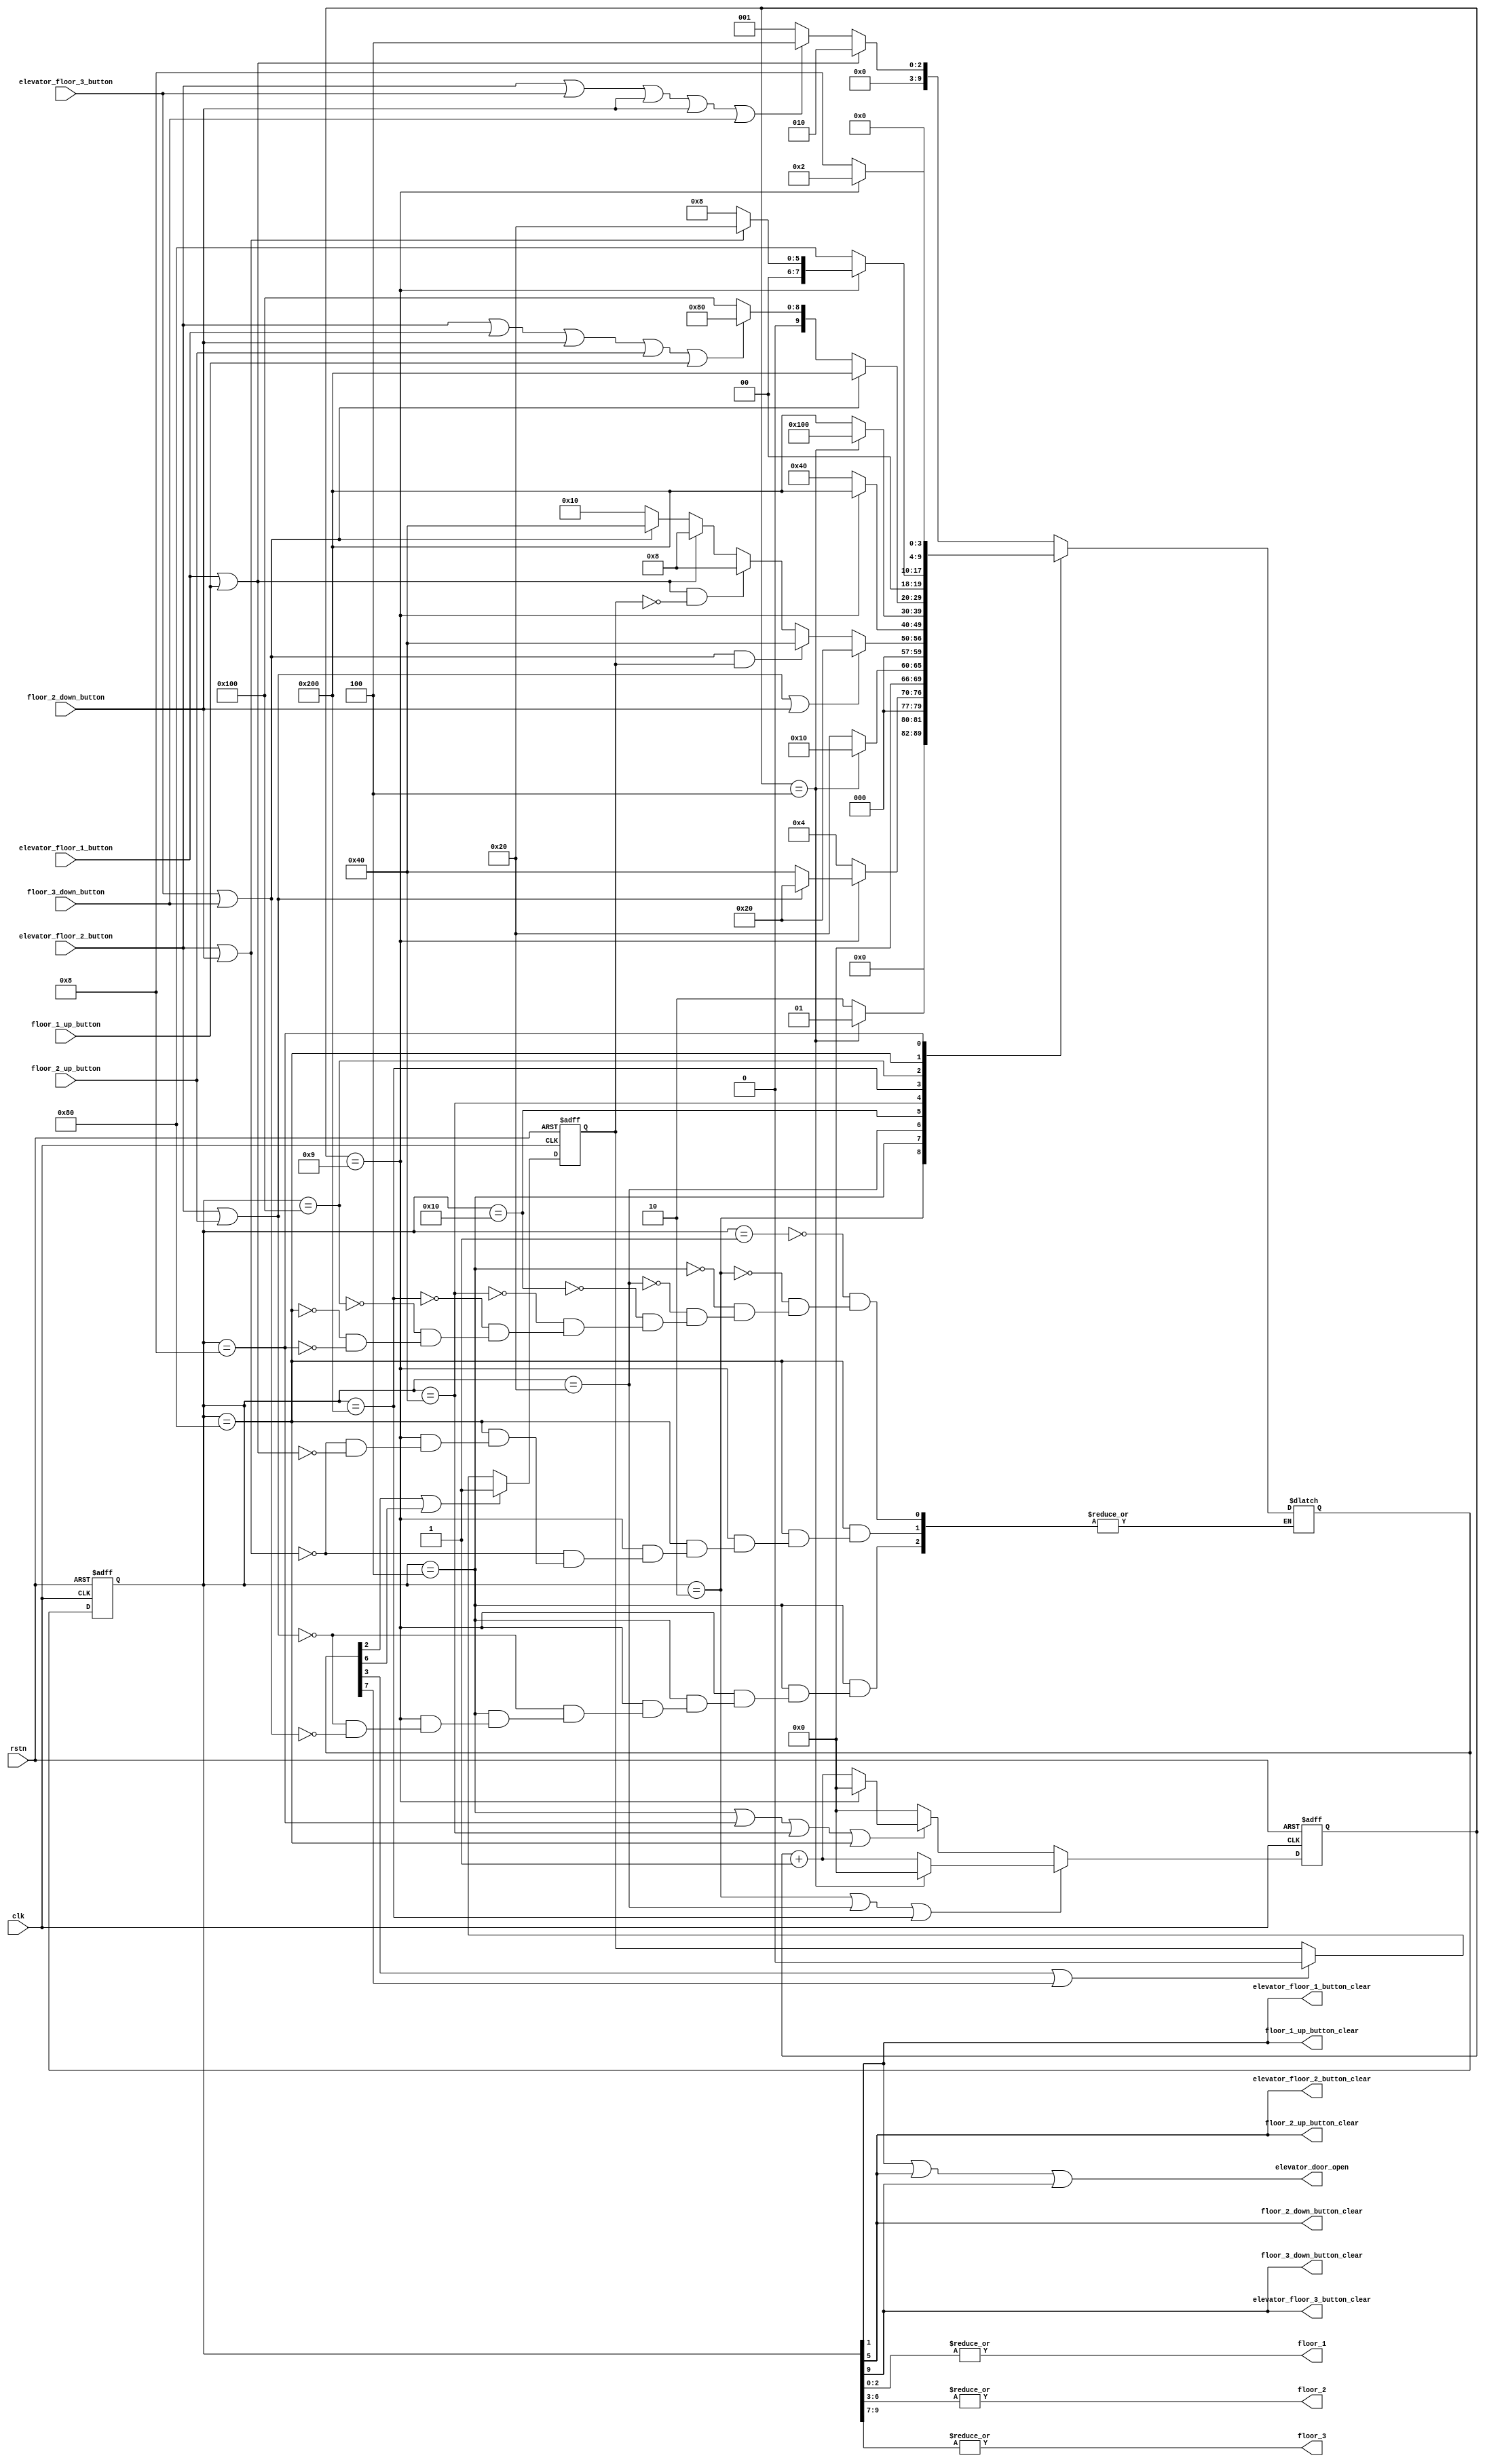
`timescale 1ns / 1ps
//////////////////////////////////////////////////////////////////////////////////
// ECE6213
// Yihui Wang
// Elevator controller module
// 
// 
//////////////////////////////////////////////////////////////////////////////////

module elevator_controller (
  input clk,
  input rstn,
  input floor_1_up_button,
  input floor_2_up_button,
  input floor_2_down_button,
  input floor_3_down_button,
  input elevator_floor_1_button,
  input elevator_floor_2_button,
  input elevator_floor_3_button,

  output reg floor_1 = 1'b1,
  output reg floor_2 = 1'b0,
  output reg floor_3 = 1'b0,
  output reg elevator_door_open = 1'b0,
  output reg floor_1_up_button_clear = 1'b0,
  output reg floor_2_up_button_clear = 1'b0,
  output reg floor_2_down_button_clear = 1'b0,
  output reg floor_3_down_button_clear = 1'b0,
  output reg elevator_floor_1_button_clear = 1'b0,
  output reg elevator_floor_2_button_clear = 1'b0,
  output reg elevator_floor_3_button_clear = 1'b0
);

  // State defination
  parameter wait_at_floor_1 = 10'b0000000001;
  parameter open_door_at_floor_1 = 10'b0000000010;
  parameter moving_1_to_2 = 10'b0000000100;
  parameter moving_2_to_1 = 10'b0000001000;
  parameter wait_at_floor_2 = 10'b0000010000;
  parameter open_door_at_floor_2 = 10'b0000100000;
  parameter moving_2_to_3 = 10'b0001000000;
  parameter moving_3_to_2 = 10'b0010000000;
  parameter wait_at_floor_3 = 10'b0100000000;
  parameter open_door_at_floor_3 = 10'b1000000000;

  // State register
  reg [9:0] state = wait_at_floor_1;
  reg [9:0] next = 10'd0;

  // Counter register
  reg [3:0] count = 4'd0;
  reg [3:0] count_next = 4'd0;

  // Elevator direction register 
  reg elevator_direction = 1'b0;
  reg elevator_direction_next = 1'b0;

  // Elevator direction logic
  always @(posedge clk, negedge rstn) begin
    if (rstn == 1'b0) begin
      elevator_direction <= 1'b0;
    end 
    else begin
      elevator_direction <= elevator_direction_next;
    end
  end

  always @(*) begin
    elevator_direction_next <= (next[2]|next[6])? 1'b1: ((next[3]|next[7])? 1'b0: elevator_direction);
  end

  // counter
  always @(posedge clk, negedge rstn) begin
    if (rstn == 1'b0) begin
      count <= 4'd0;
    end
    else begin
      count <= count_next;
    end
  end

  always @(*) begin
    if ((state==open_door_at_floor_1)|(state==open_door_at_floor_2)|(state==open_door_at_floor_3)) begin
      if (count == 4'd4) count_next <= 4'd0;
      else count_next <= count + 4'd1;
    end
    else if ((state==moving_1_to_2)|(state==moving_2_to_1)|(state==moving_2_to_3)|(state==moving_3_to_2)) begin
      if (count == 4'd9) count_next <= 4'd0;
      else count_next <= count + 4'd1;
    end 
    else count_next <= 4'd0;
  end

  // Sequential logic for state 
  always @(posedge clk, negedge rstn) begin

    if (rstn == 1'b0) begin
      state <= wait_at_floor_1;
    end else begin
      state <= next;
    end

  end

  // Combination state transition logic
  always @(*) begin
    case (state)
      wait_at_floor_1: begin
        if (elevator_floor_1_button | floor_1_up_button) begin
          next = open_door_at_floor_1;
        end
                else if (elevator_floor_2_button|elevator_floor_3_button|floor_2_down_button|floor_2_down_button|floor_3_down_button) begin
          next = moving_1_to_2;
        end else next = wait_at_floor_1;
      end

      open_door_at_floor_1: begin
        if (count == 4'd4) next = wait_at_floor_1;
        else next = open_door_at_floor_1;
      end

      moving_1_to_2: begin
        if (count == 4'd9) begin
          if (elevator_floor_2_button | floor_2_up_button) begin
            next = open_door_at_floor_2;
          end else if (elevator_floor_3_button | floor_3_down_button) begin
            next = moving_2_to_3;
          end
        end else next = moving_1_to_2;
      end

      open_door_at_floor_2: begin
        if (count == 4'd4) next = wait_at_floor_2;
        else next = open_door_at_floor_2;
      end

      wait_at_floor_2: begin
        if (elevator_floor_2_button | floor_2_up_button | floor_2_down_button) begin
          next = open_door_at_floor_2;
        end else if ((elevator_floor_3_button | floor_3_down_button) & elevator_direction) begin
          next = moving_2_to_3;
        end else if ((elevator_floor_1_button | floor_1_up_button) & ~elevator_direction) begin
          next = moving_2_to_1;
        end else if (floor_1_up_button | elevator_floor_1_button) begin
          next = moving_2_to_1;
        end else if (floor_3_down_button | elevator_floor_3_button) begin
          next = moving_2_to_3;
        end else next = wait_at_floor_2;
      end

      moving_2_to_3: begin
        if (count == 4'd9) begin
          next = open_door_at_floor_3;
        end else next = moving_2_to_3;
      end

      open_door_at_floor_3: begin
        if (count == 4'd4) next = wait_at_floor_3;
        else next = open_door_at_floor_3;
      end

      wait_at_floor_3: begin
        if (elevator_floor_3_button | floor_3_down_button) begin
          next = open_door_at_floor_3;
        end
                else if (elevator_floor_2_button|elevator_floor_1_button|floor_2_down_button|floor_2_up_button|floor_1_up_button) begin
          next = moving_3_to_2;
        end else next = wait_at_floor_3;
      end

      moving_3_to_2: begin
        if (count == 4'd9) begin
          if (elevator_floor_2_button | floor_2_down_button) begin
            next = open_door_at_floor_2;
          end else if (elevator_floor_1_button | floor_1_up_button) begin
            next = moving_2_to_1;
          end
        end else next = moving_3_to_2;
      end

      moving_2_to_1: begin
        if (count == 4'd9) begin
          next = open_door_at_floor_1;
        end else next = moving_2_to_1;
      end
    endcase
  end

  // Output logic
  always @(*) begin

    floor_1 = |state[2:0];
    floor_2 = |state[6:3];
    floor_3 = |state[9:7];
    elevator_door_open = state[1] | state[5] | state[9];
    floor_1_up_button_clear = state[1];
    floor_2_up_button_clear = state[5];
    floor_2_down_button_clear = state[5];
    floor_3_down_button_clear = state[9];
    elevator_floor_1_button_clear = state[1];
    elevator_floor_2_button_clear = state[5];
    elevator_floor_3_button_clear = state[9];

  end

endmodule